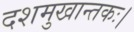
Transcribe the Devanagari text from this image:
दशमुखान्तकः।